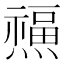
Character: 𤑏